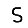
Digit: 5